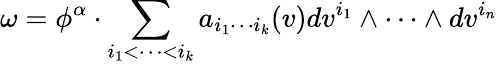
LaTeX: \omega=\phi^{\alpha}\cdot\sum_{i_{1}<\cdots<i_{k}}a_{i_{1}\cdots i_{k}}(v)dv^{i_{1}}\wedge\cdots\wedge dv^{i_{n}}